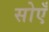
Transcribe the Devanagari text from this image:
सोएँ